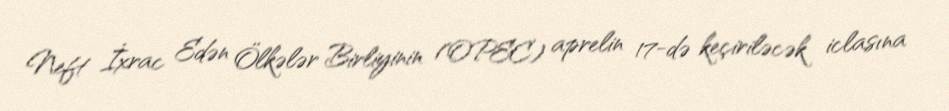
Neft İxrac Edən Ölkələr Birliyinin (OPEC) aprelin 17-də keçiriləcək iclasına